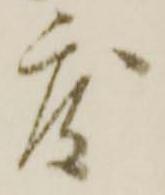
度